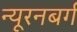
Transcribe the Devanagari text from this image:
न्यूरनबर्ग